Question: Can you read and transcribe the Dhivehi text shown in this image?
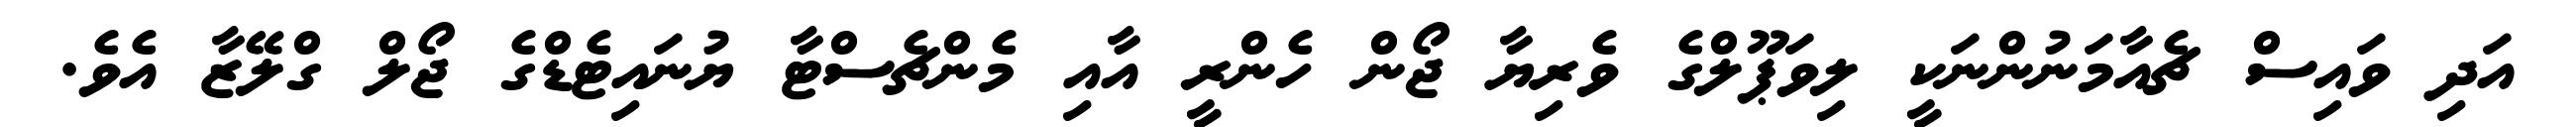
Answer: އަދި ވައިސް ޗެއާމަނުންނަކީ ލިވަޕޫލްގެ ވެރިޔާ ޖޯން ހެންރީ އާއި މެންޗެސްޓާ ޔުނައިޓެޑްގެ ޖޯލް ގްލޭޒާ އެވެ.